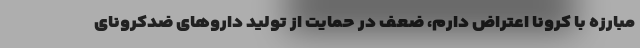
مبارزه با کرونا اعتراض دارم، ضعف در حمایت از تولید داروهای ضدکرونای